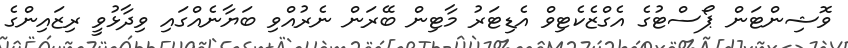
ވޮޝިންޓަން ޕޯސްޓުގެ އެގްޒެކެޓިވް އެޑިޓަރު މާޓިން ބޭރަން ނެރުއްވި ބަޔާނެއްގައި ވިދާޅުވީ ރިޒައިންގެ